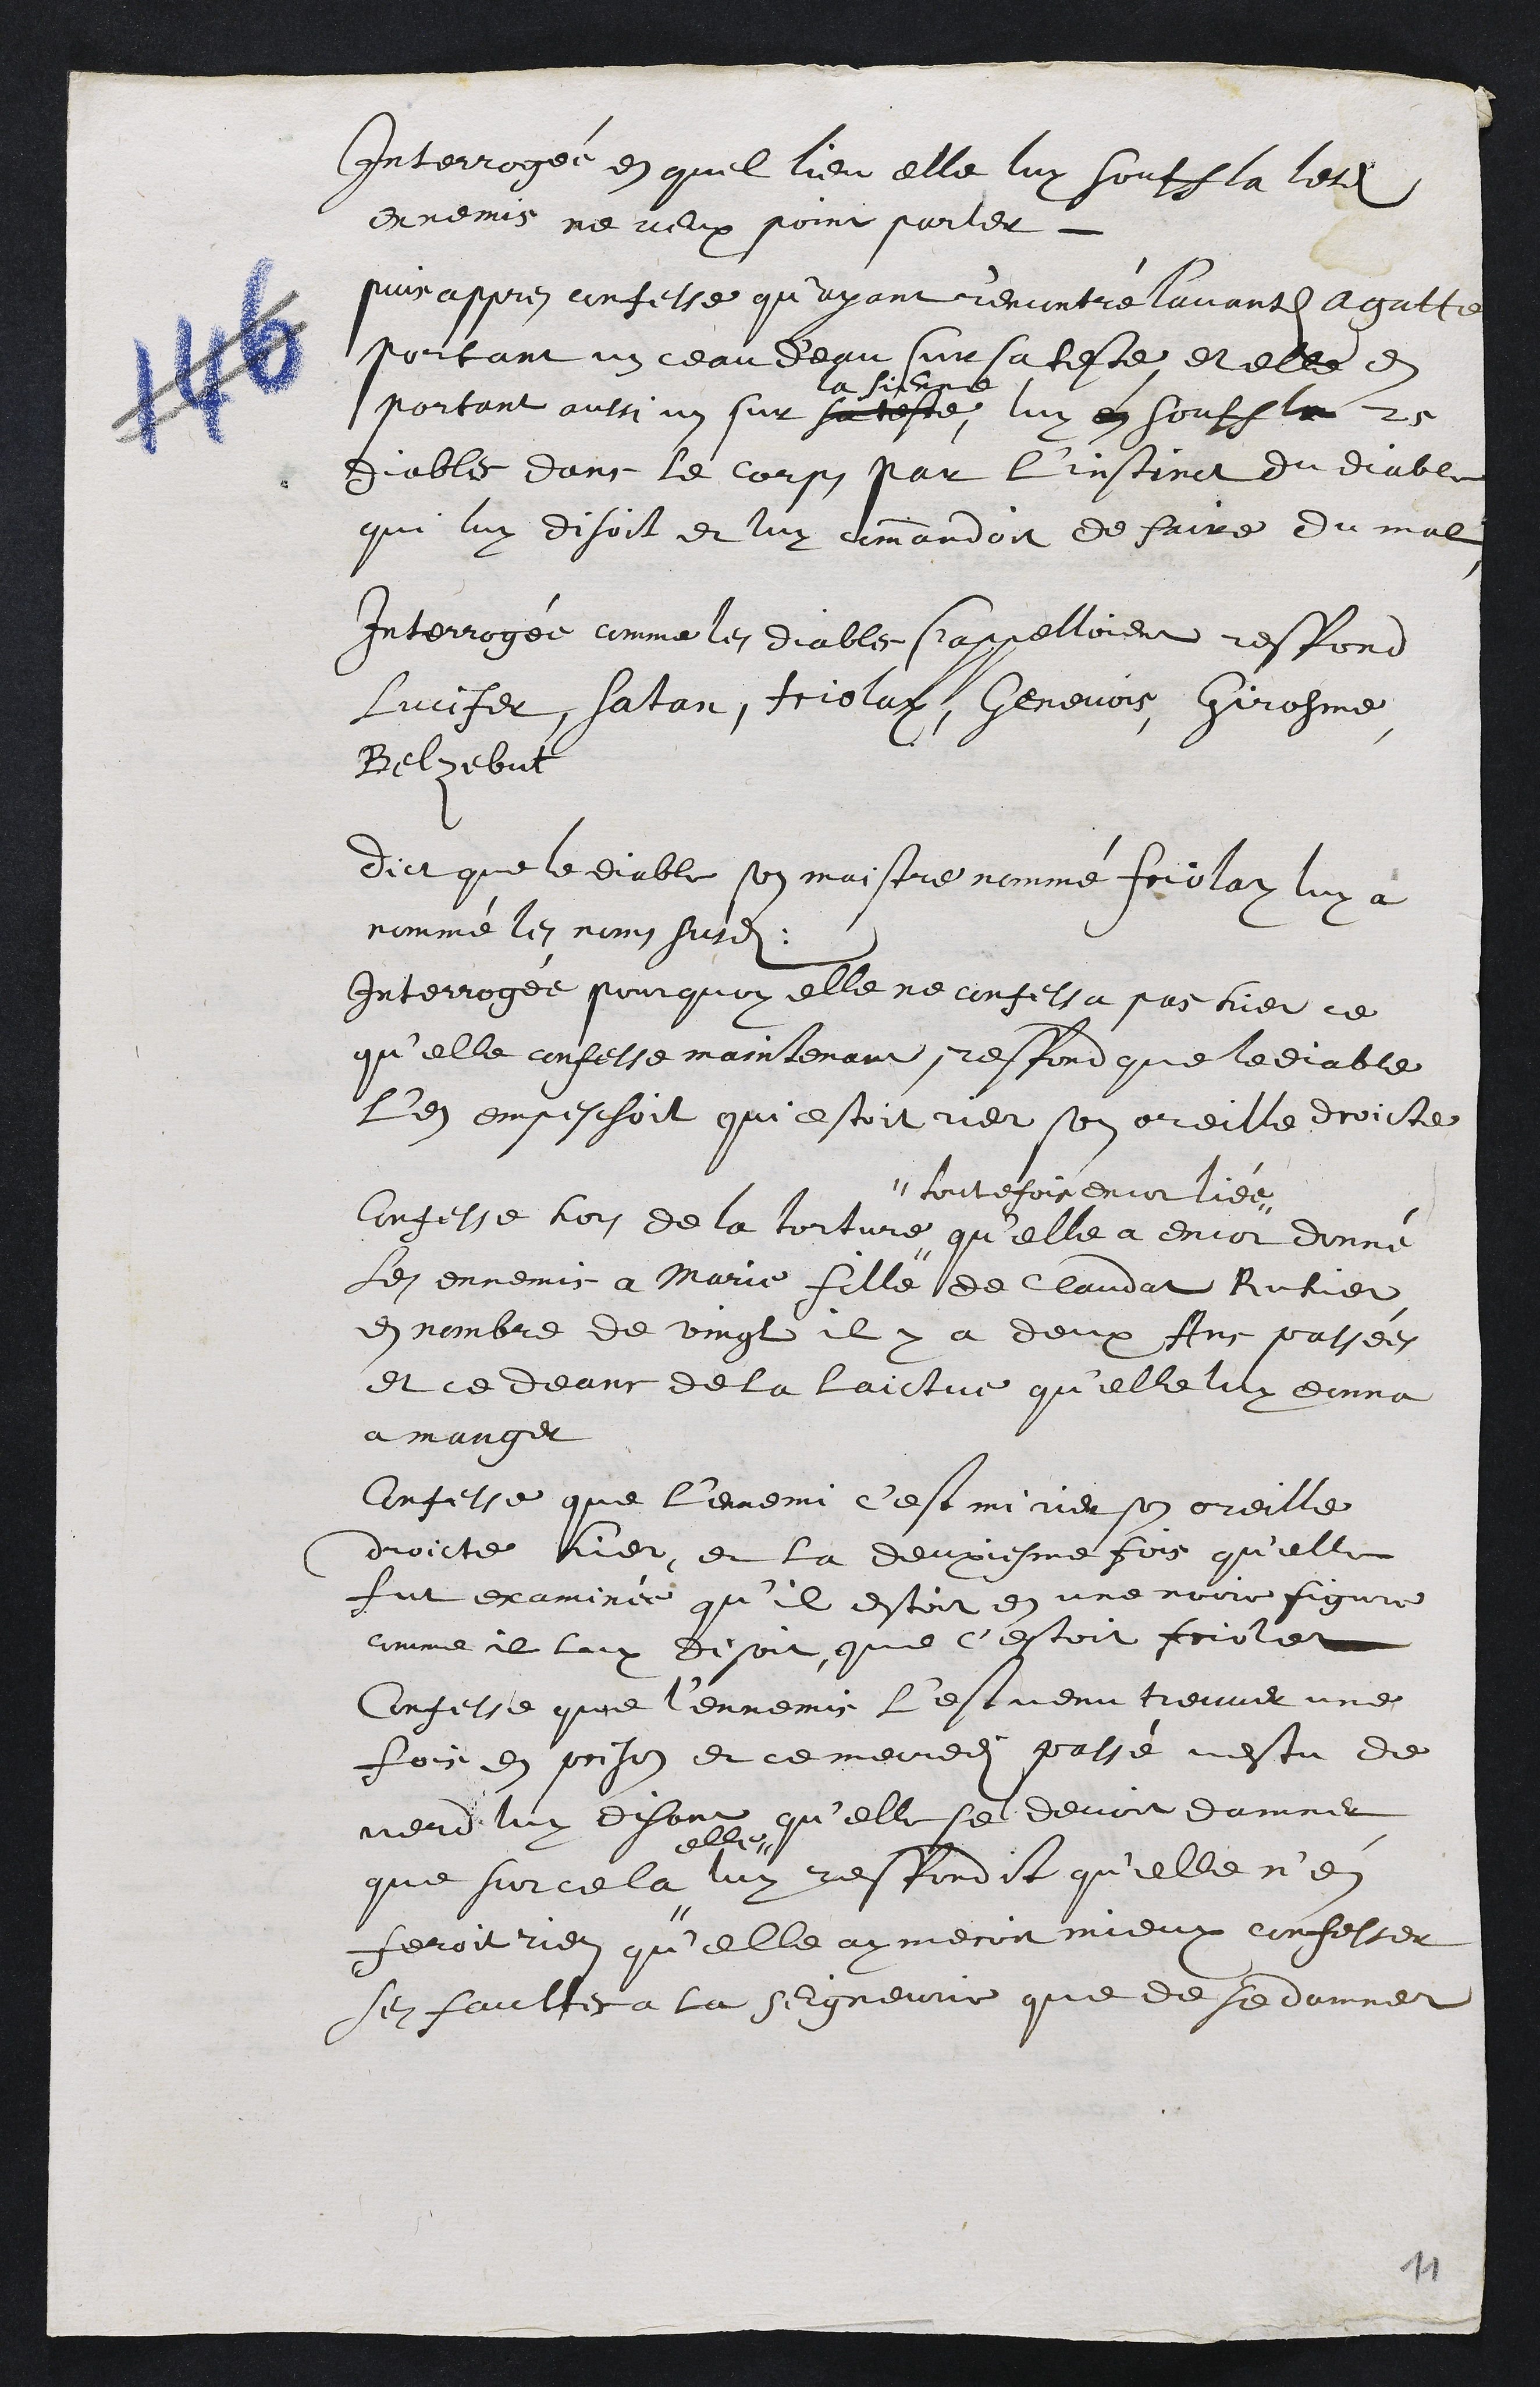
Interrogée en quel lieu elle luy souffla lesdits
ennemis ne veux point parler
puis appres confesse qu’ayant rencontré l'avantdite Agatte
portant un ceau d'eau sur sa teste et elle en
portant aussi un sur sa teste
la sienne
luy en souffla 25
diables dans le corps par l'instinct du diable
qui luy disoit et luy commandoit de faire du mal
Interrogée comme les diables s'appelloient respond
Lucifer, Satan, Friolay, Genevois, Girosme
Belzebut
dict que le diable son maistre nommé Friolay luy a
nommé les noms susdits
Interrogée pourquoy elle ne confessa pas hier ce
qu'elle confesse maintenant, respond que le diable
l'en empeschoit qui estoit rier son oreille droicte
Confesse hors de la torture #
# toutefois encor liée
qu'elle a encor donné
les ennemis a Marie fille de Claudat Ruhier
en nombre de vingt il y a deux Ans passées
et ce deans de la laictue qu'elle luy donna
a manger
Confesse que l'ennemi c'est mi rier son oreille
droicte hier, et la deuxiesme fois qu'elle
fut examinée qu'il estoit en une noire figure
comme il luy disoit que s'estoit friolet
Confesse que l'ennemis l'est venu treuver une
fois en prison et ce mercredi passé vestu de
verd luy disant qu'elle se devoit damner
que sur cela #
elle #
luy respondit qu'elle n'en
feroit rien qu'elle aymeroit mieux confesser
ses faultes a la Seigneurie que de se damner
11